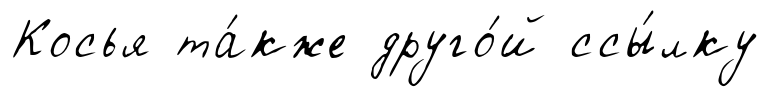
Косья та́кже друго́й ссы́лку